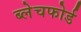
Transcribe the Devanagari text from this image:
ब्लेचफोर्ड